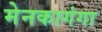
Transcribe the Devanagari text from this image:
मेनकागंगा